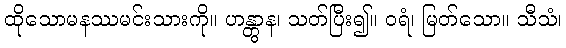
ထိုသောမနဿမင်းသားကို။ ဟန္တွာန၊ သတ်ပြီး၍။ ဝရံ၊ မြတ်သော။ သီသံ၊